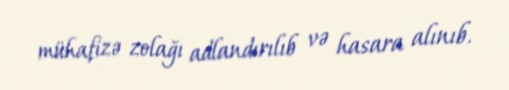
mühafizə zolağı adlandırılıb və hasara alınıb.